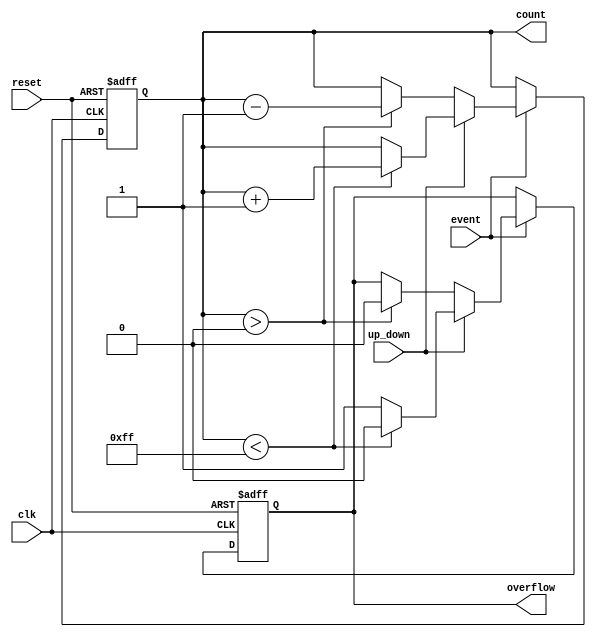
module event_counter #(
    parameter COUNTER_WIDTH = 8,  // Width of the counter
    parameter COUNT_MODE = 2       // 0: Up, 1: Down, 2: Up/Down
) (
    input wire clk,                // Clock signal
    input wire reset,              // Asynchronous reset signal
    input wire event,              // Event signal to trigger counting
    input wire up_down,            // Control signal for Up/Down counting
    output reg [COUNTER_WIDTH-1:0] count, // Current count value
    output reg overflow            // Overflow signal
);

    // Internal signals
    reg [COUNTER_WIDTH-1:0] max_count;

    // Define maximum count based on the width
    initial begin
        max_count = (1 << COUNTER_WIDTH) - 1; // Maximum value for the counter
    end

    always @(posedge clk or posedge reset) begin
        if (reset) begin
            count <= 0;             // Reset count
            overflow <= 0;          // Clear overflow
        end else if (event) begin
            if (COUNT_MODE == 0) begin
                // Up Counter
                if (count < max_count) begin
                    count <= count + 1;
                    overflow <= 0;  // No overflow
                end else begin
                    count <= count; // Maintain max count
                    overflow <= 1;   // Set overflow signal
                end
            end else if (COUNT_MODE == 1) begin
                // Down Counter
                if (count > 0) begin
                    count <= count - 1;
                    overflow <= 0;  // No overflow
                end else begin
                    count <= count; // Maintain zero
                end
            end else if (COUNT_MODE == 2) begin
                // Up/Down Counter
                if (up_down) begin
                    if (count < max_count) begin
                        count <= count + 1;
                        overflow <= 0;  // No overflow
                    end else begin
                        count <= count; // Maintain max count
                        overflow <= 1;   // Set overflow signal
                    end
                end else begin
                    if (count > 0) begin
                        count <= count - 1;
                        overflow <= 0;  // No overflow
                    end else begin
                        count <= count; // Maintain zero
                    end
                end
            end
        end
    end
endmodule